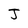
Character: J